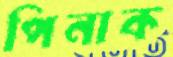
পিনাক